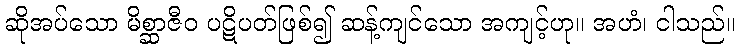
ဆိုအပ်သော မိစ္ဆာဇီဝ ပဋိပတ်ဖြစ်၍ ဆန့်ကျင်သော အကျင့်ဟု။ အဟံ၊ ငါသည်။